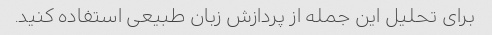
برای تحلیل این جمله از پردازش زبان طبیعی استفاده کنید.